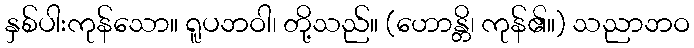
နှစ်ပါးကုန်သော။ ရူပဘဝါ၊ တို့သည်။ (ဟောန္တိ၊ ကုန်၏။) သညာဘဝ